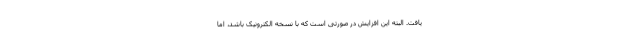
یافت. البته این افزایش در صورتی است که با نسخه الکترونیک باشد، اما